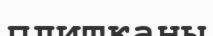
плитканы